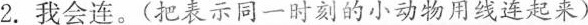
2.我会连。(把表示同一时刻的小动物用线连起来)